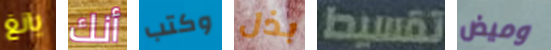
يانغ أنك وكتب بذل تقسيط وميض